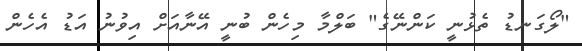
"ލޯގަނޑު ތެޅުނީ ކަންނޭގެ" ބަލްމާ މިހެން ބުނީ އޭނާއަށް އިވުނު އަޑު އެހެން